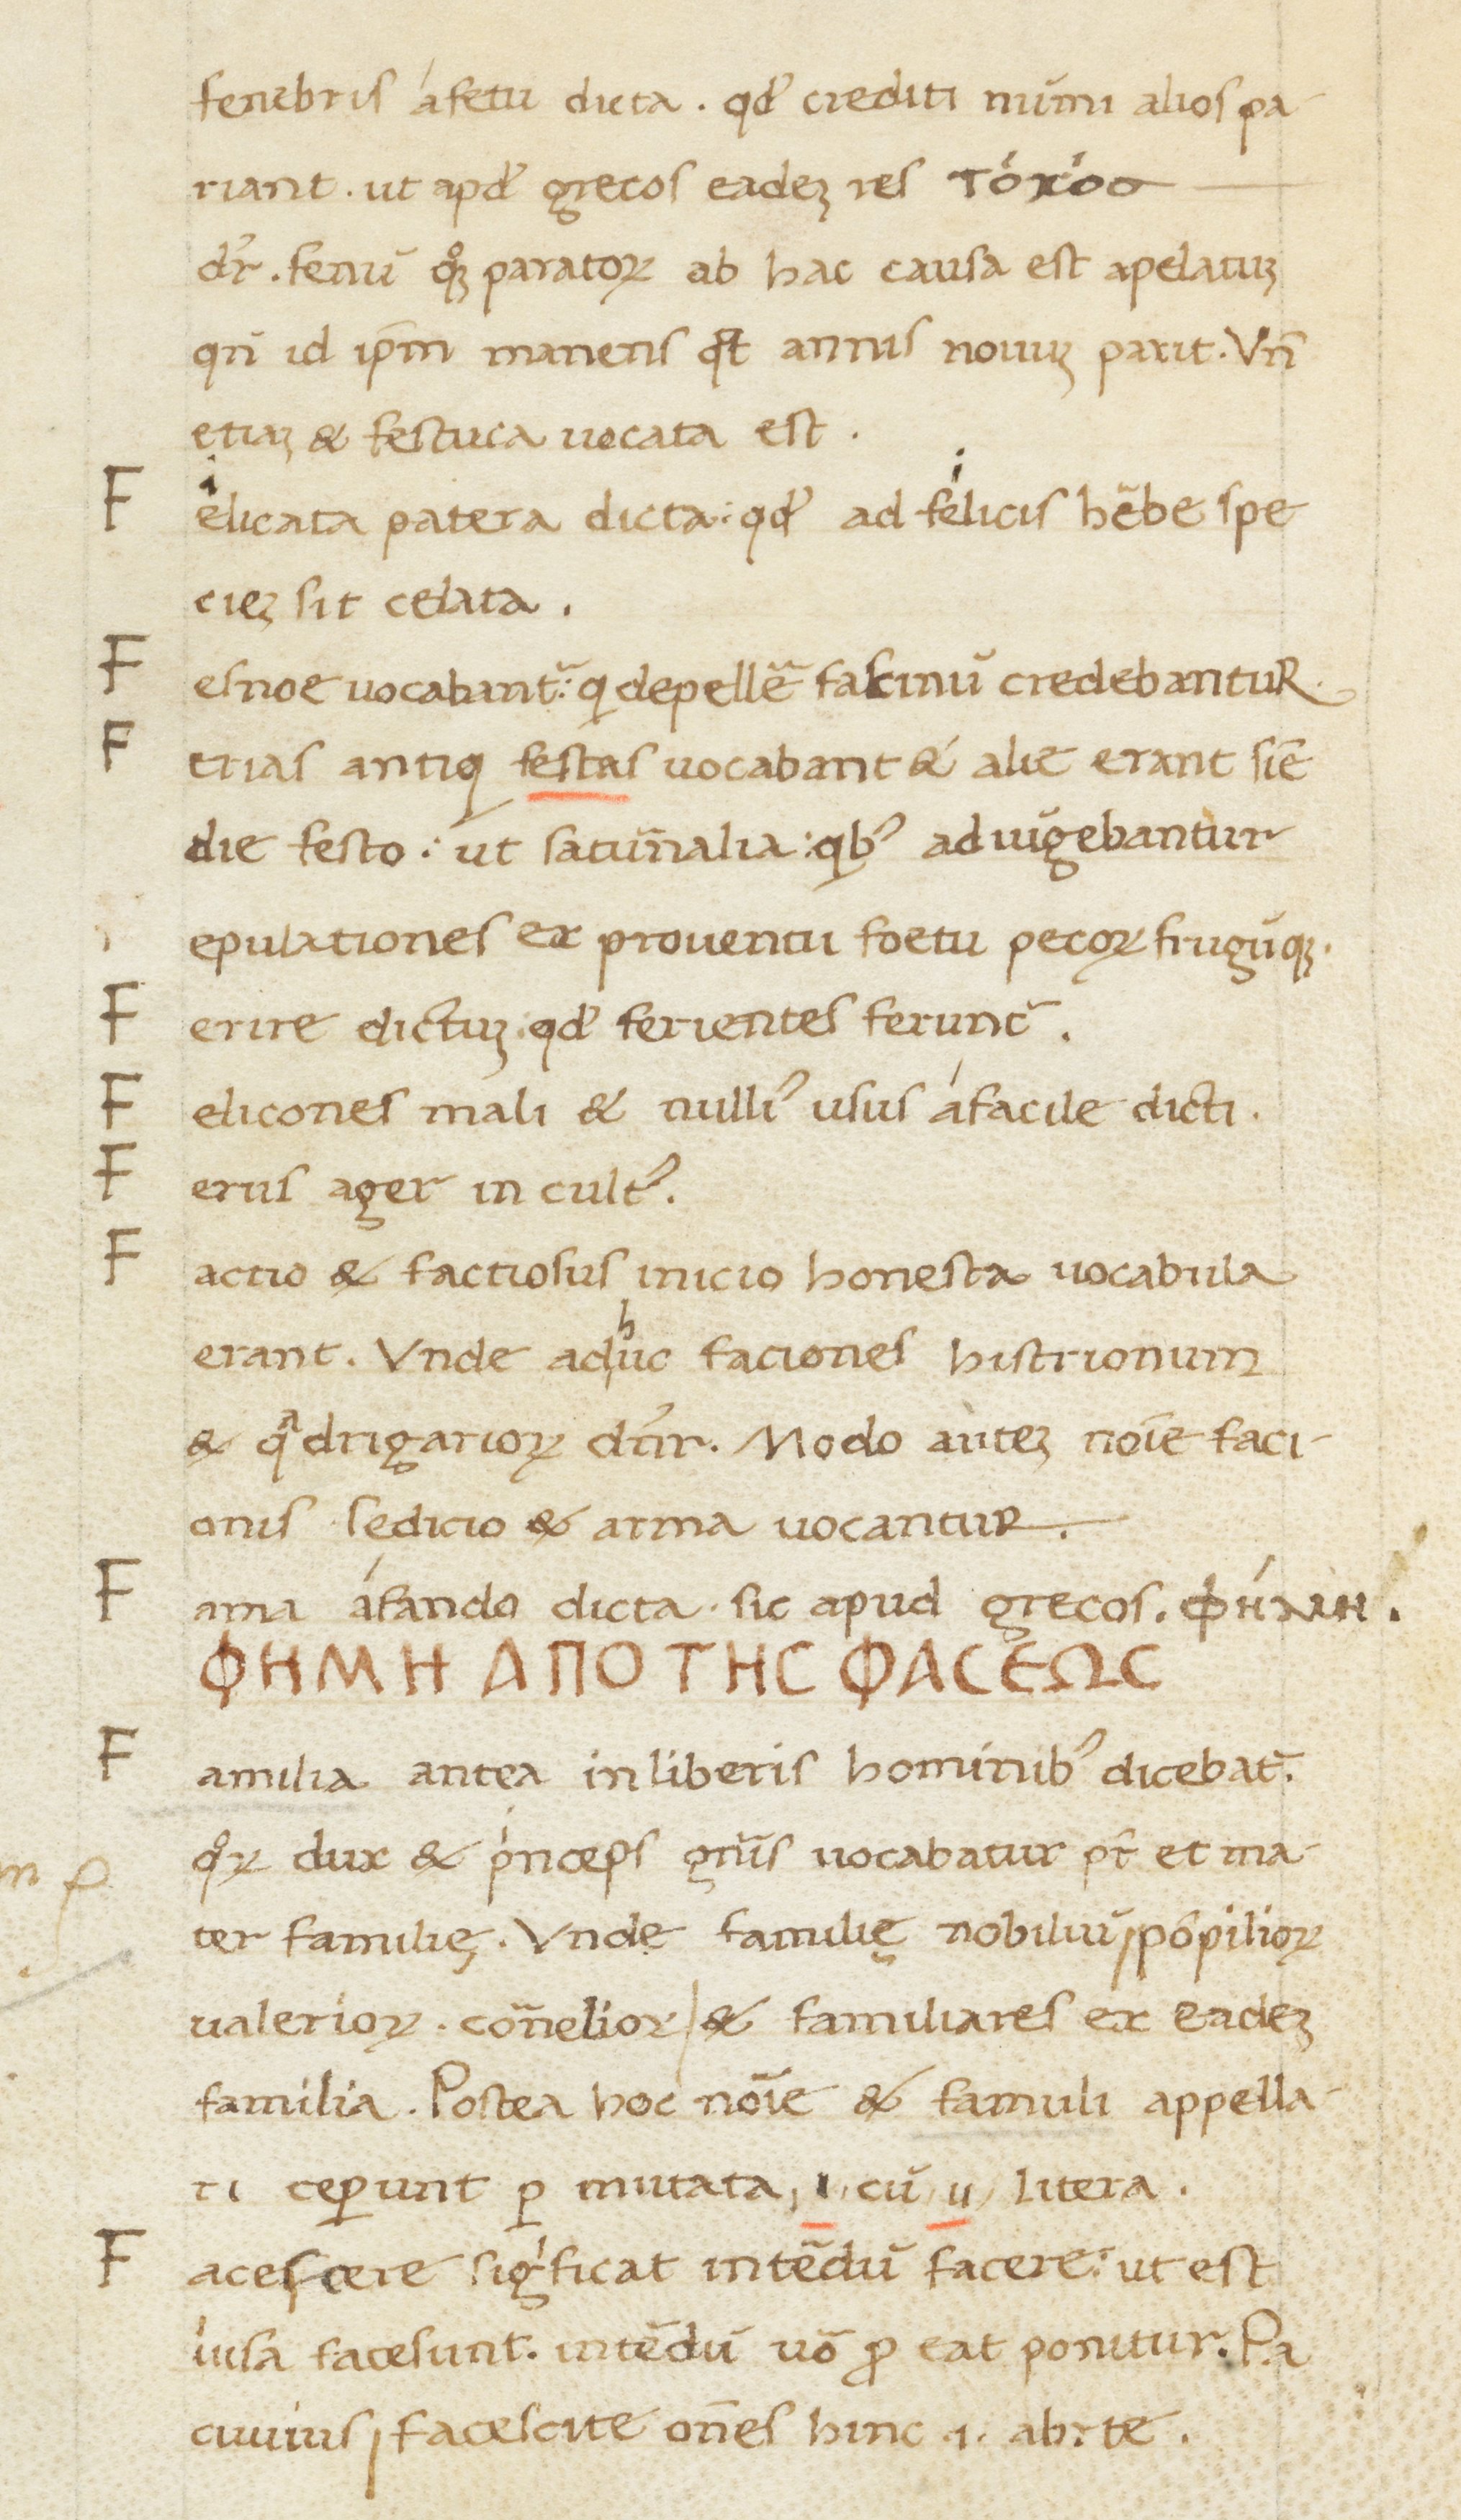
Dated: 1400–1499